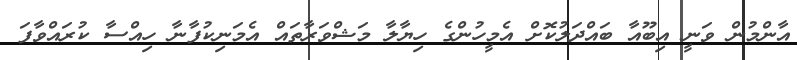
އާންމުން ވަނީ އިބޫއާ ބައްދަލުކޮށް އެމީހުންގެ ހިޔާލާ މަޝްވަރާތައް އެމަނިކުފާނާ ހިއްސާ ކުރައްވާފަ